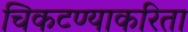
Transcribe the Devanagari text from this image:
चिकटण्याकरिता